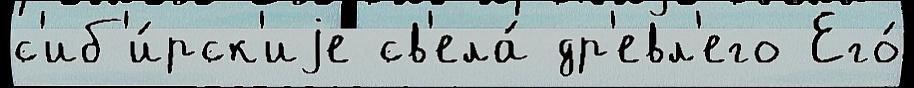
с'иб'и́рск'иjе св'ела́ др'евл'его Его́